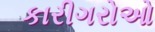
કારીગરોઓ